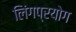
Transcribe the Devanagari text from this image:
लिंगप्रयोग